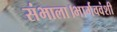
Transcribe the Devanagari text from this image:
संभाला।भार्गववंशी